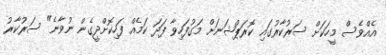
އެއްވެސް މީހަކަށް ސަރުކާރުގައި ކޮރަޕްޝަނަށް މަގުފަހިވާ ފަދަ ކަމެއް ފަހިކޮށްދީގެން ނުވާނެ" ސަރުކާރު